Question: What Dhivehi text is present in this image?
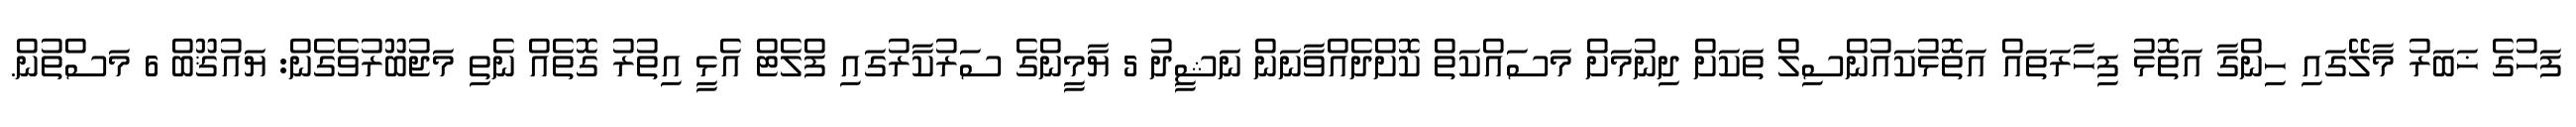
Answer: ފަހުގެ ޚަބަރު މާލޭގައި ހިންގާ އަތޮޅު ފިހާރަތައް އަތޮޅުކައުންސިލް ތަކަށް ދިނުމަށް މަސައްކަތް ކޮށްދެއްވާނަން ނަޝީދު 5 ޔާމީންގެ ސަރުކާރުގައި ފްލެޓް އެޅީ އިތުރު ގޮތެއް ނެތި މަޖުބޫރުވެގެން: ޔައުޤޫބް 6 މަސްތުން.